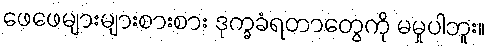
ဖေဖေများများစားစား ဒုက္ခခံရတာတွေကို မမှုပါဘူး။